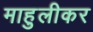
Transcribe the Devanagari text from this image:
माहुलीकर